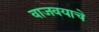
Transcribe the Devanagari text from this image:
वाजवयाचे